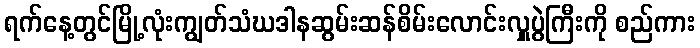
ရက်နေ့တွင်မြို့လုံးကျွတ်သံဃဒါနဆွမ်းဆန်စိမ်းလောင်းလှူပွဲကြီးကို စည်ကား